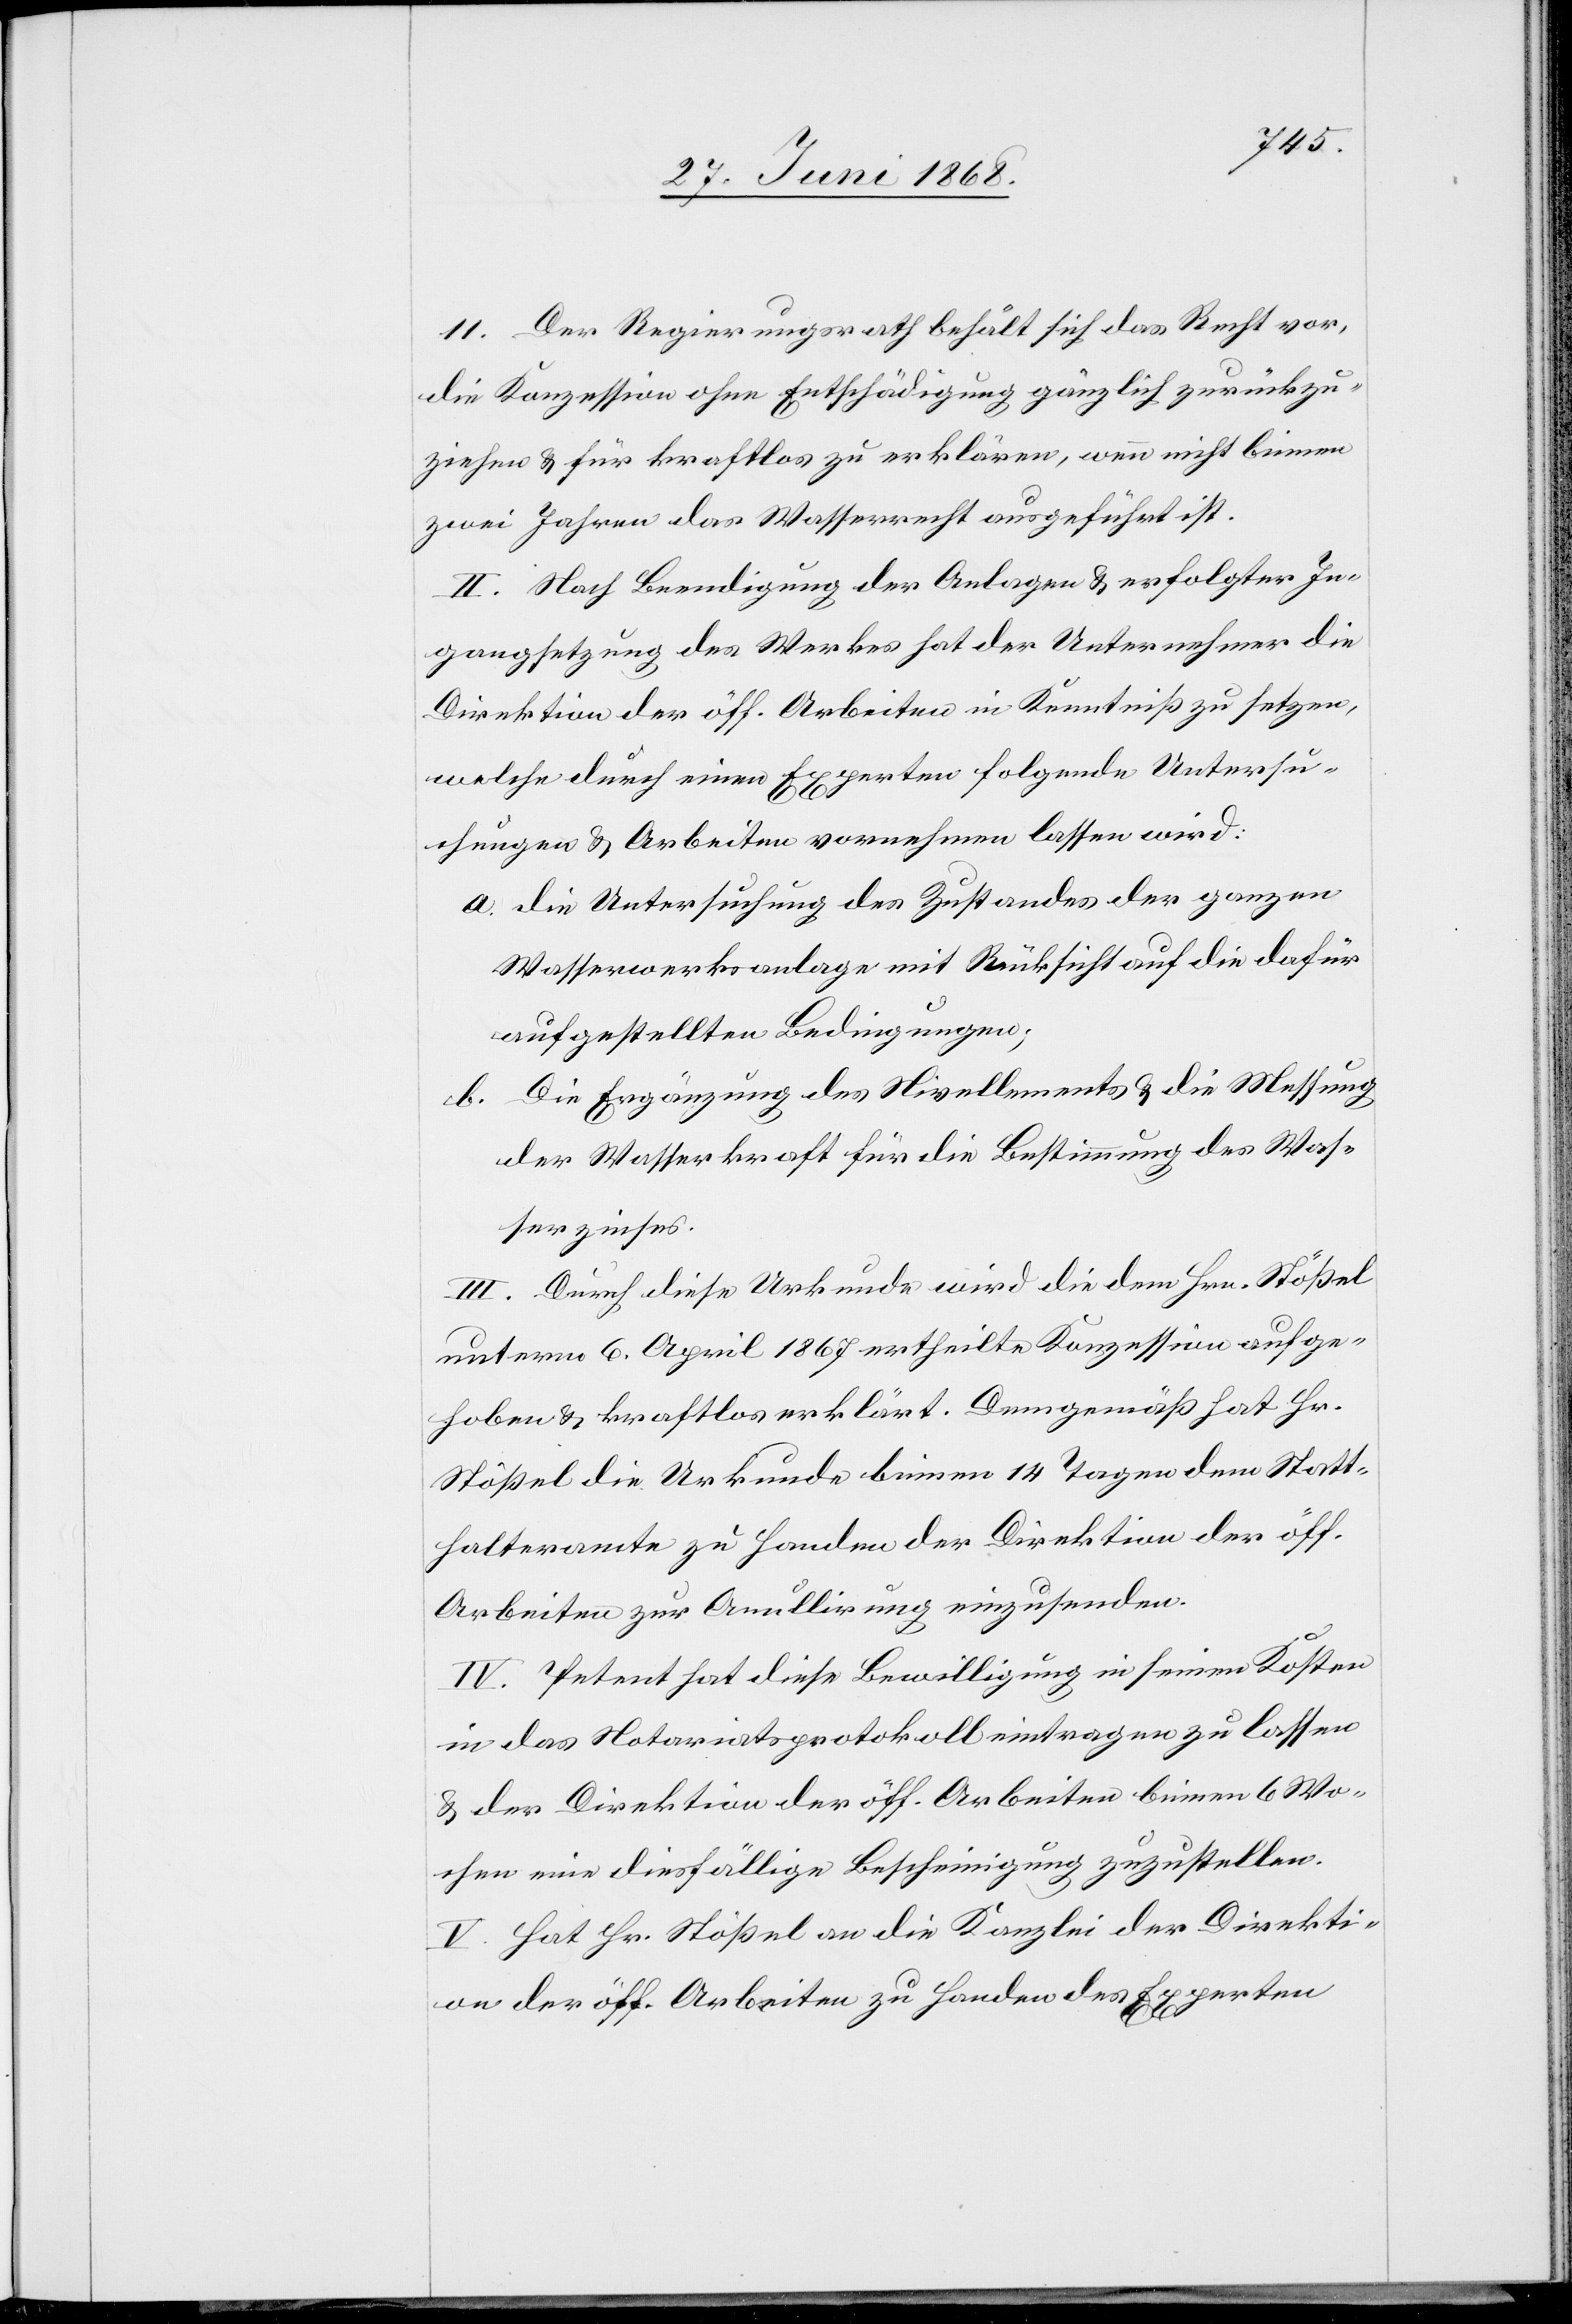
11. Der Regierungsrath behält sich das Recht vor,
die Konzession ohne Entschädigung gänzlich zurückzu¬
ziehen & für kraftlos zu erklären, wenn nicht binnen
zwei Jahren das Wasserrecht ausgeführt ist.
II. Nach Beendigung der Anlagen & erfolgter In¬
gangsetzung des Werkes hat der Unternehmer die
Direktion der öff. Arbeiten in Kenntniß zu setzen,
welche durch einen Experten folgende Untersu¬
chungen & Arbeiten vornehmen lassen wird:
die Untersuchung des Zustandes der ganzen
Wasserwerksanlage mit Rücksicht auf die dafür
aufgestellten Bedingungen;
Die Ergänzung des Nivellements & die Messung
der Wasserkraft für die Bestimmung des Was¬
serzinses.
III. Durch diese Urkunde wird die dem Hrn. Stößel
unterm 6. April 1867 ertheilte Konzession aufge¬
hoben & kraftlos erklärt. Demgemäß hat Hr.
Stößel die Urkunde binnen 14 Tagen dem Statt¬
halteramte zu Handen der Direktion der öff.
Arbeiten zur Annullirung einzusenden.
IV. Petent hat diese Bewilligung in seinen Kosten
in das Notariatsprotokoll eintragen zu lassen
& der Direktion der öff. Arbeiten binnen 6 Wo¬
chen eine diesfällige Bescheinigung zuzustellen.
V. Hat Hr. Stößel an die Kanzlei der Direkti¬
on der öff. Arbeiten zu Handen des Experten